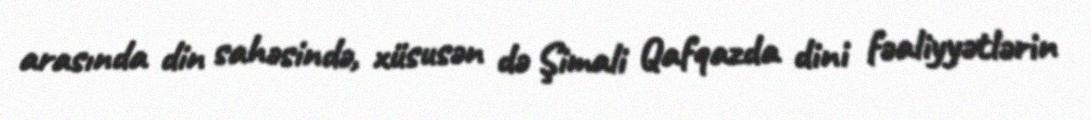
arasında din sahəsində, xüsusən də Şimali Qafqazda dini fəaliyyətlərin